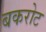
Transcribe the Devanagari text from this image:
बकरोट